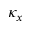
\kappa _ { x }